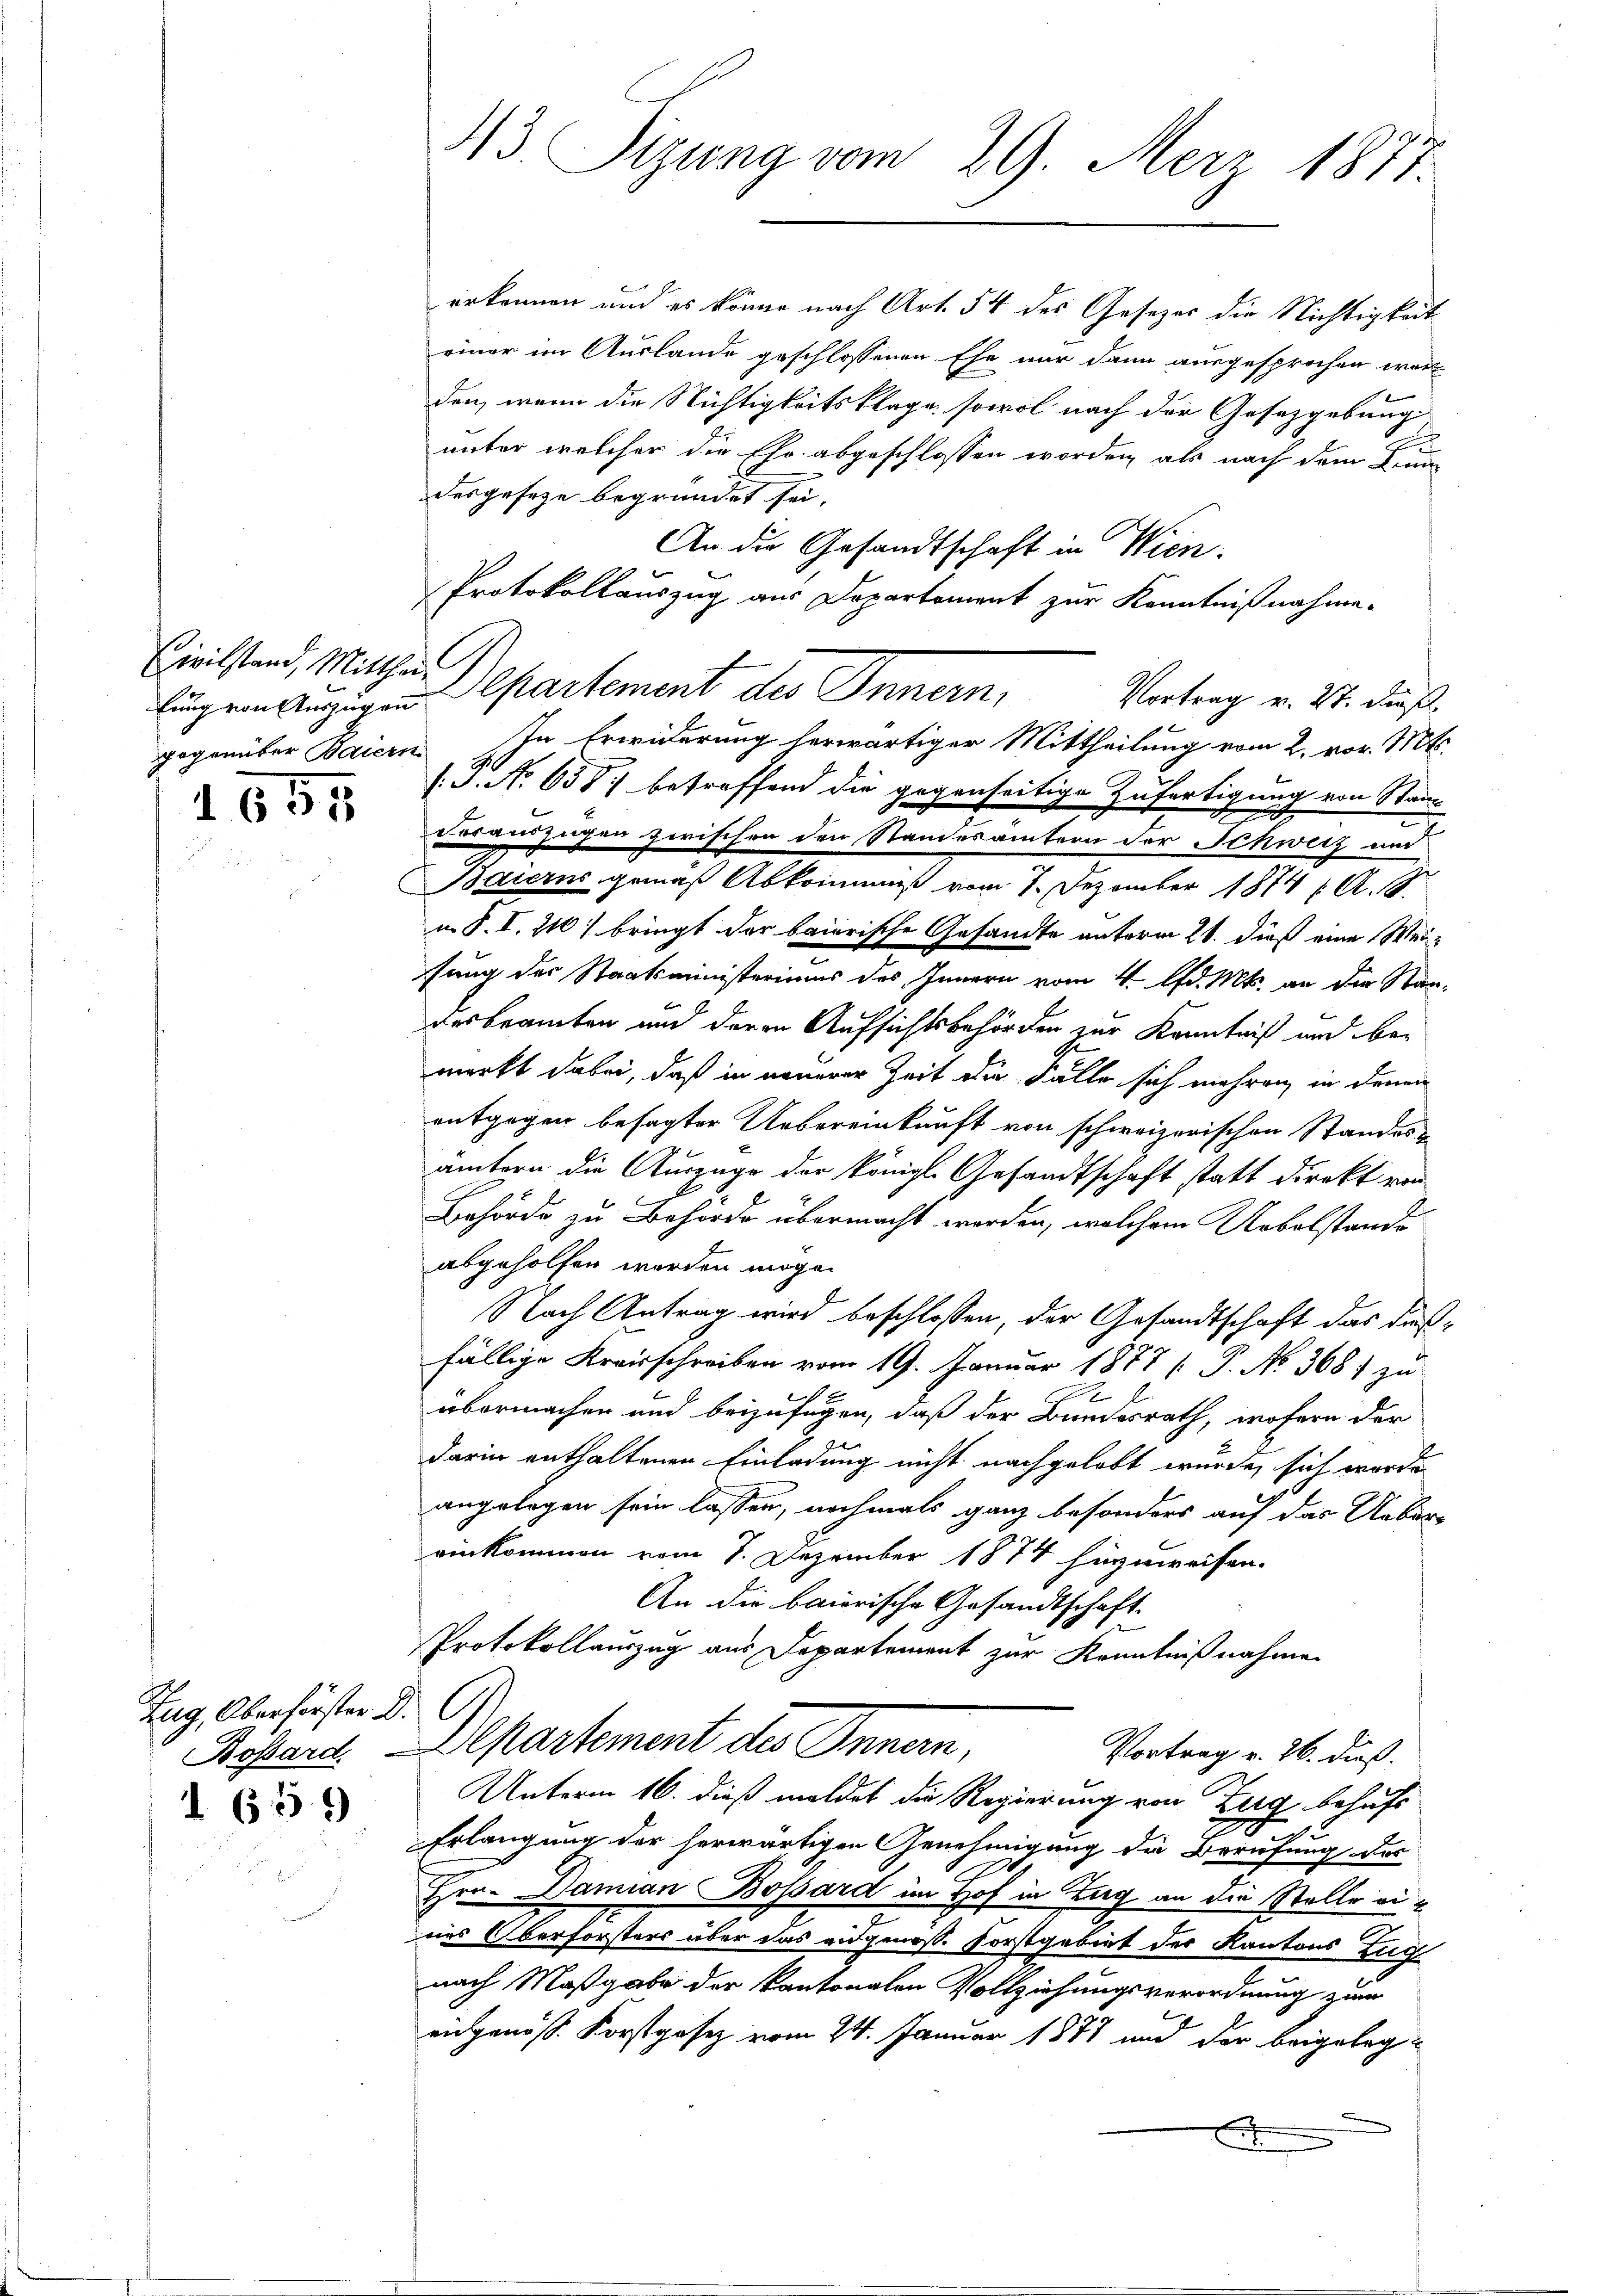
Civilstand, Mittheil
gegenüber Baiern

1655

Zug, Oberförster D.
Bossard.
1 659

13 Sizung vom 29. Merz 1873

erkennen und es könne nach Art. 54 des Gesetzes die Nichtigkeit
riner im Auslande geschlossenen Ehe nur dann ausgesprochen wert
den, wenn die Nichtigkeitsklage, sowol nach der Gesetzgebung
unter welcher die Ehr abgeschlossen worden, als nach dem Kandesgesetze begründet sei.
An die Gesandtschaft in Wien.
Protokollauszug aus Departement zur Kenntnißnahme.
lungen Anzeigen partement des Innern,
Vortrag v. 27. daß
In Erwiderung herwärtiger Mittheilung vom 2. vor. Mts.
/S. No 658 betreffend die gegenseitige Zufertigung von Stamm
anzügen zerischen den Standerämtern der Schweiz und
Baierns gemäß Abkommniß vom 7. Dezember 1874 (A. B.
i. T. I. 2 bringt der baierische Gesandte unterm 21. dieß eine Weisung der Staatsministeriums des Innern vom 4. d. Mts. an der Staadesbeamten und deren Aufsichtsbehörden zur Kenntniß und bemerkt dabei, daß in neuerer Zeit die Fälle sich mehren, in denen
entgegen besagter Uebereinkauft von schweizerischen Standesämtern die Auszüge der königl. Gesandtschaft statt Direkt von
Behörde zu Behörde übermacht worden, welchem Nebelstande
abgeholfen worden möge.
Nach Antrag wird beschlossen, der Gesandtschaft das dießfällige Kreisschreiben vom 19. Januar 1877 [ P. No 3681 zu
übermachen und beizufügen, daß der Bundesrath, wofern der
darin enthaltenen Einladung nicht nachgelebt wurde, sich worde
angelegen sein lassen, nochmals ganz besonders auf das Ueber-
einkommen vom 7. Dezember 1874 hinzuweisen.
An die baierische Gesandtschaft
Protokollauszug aus Departement zur Kenntnißnahmen
Departement des Innern,
Vortrag v. 26. dieß.
Unterm 16. dieß meldet die Regierung von Zug behufs
Erlangung der herwärtigen Genehmigung die Berufung des
Hrn. Damian Bossard im Hof in Zug an die Stelle eines Oberforsters über das eidgenoss. Forstgebiet des Kantons Zug
nach Maßgabe der kantonalen Vollziehungsverordnung zum
engenöss. Korstgesez vom 24. Januar 1871 und der beigeleg¬
F

e